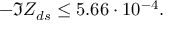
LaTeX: - \Im Z _ { d s } \le 5 . 6 6 \cdot 1 0 ^ { - 4 } .